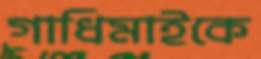
গাধিমাইকে